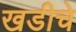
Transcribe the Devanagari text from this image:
खडीचे